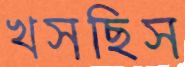
খসছিস